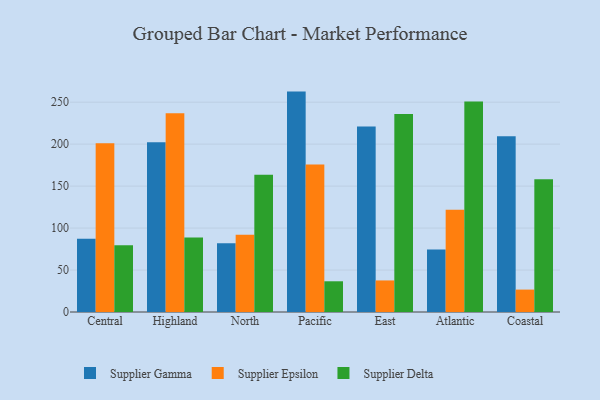
{"axis": {"x": "Region", "y": "Churn Rate (%)"}, "legend": ["Supplier Delta", "Supplier Epsilon", "Supplier Gamma"], "data": [{"x": "Central", "y": 87.2, "type": "Supplier Gamma"}, {"x": "Central", "y": 201.2, "type": "Supplier Epsilon"}, {"x": "Central", "y": 79.4, "type": "Supplier Delta"}, {"x": "Highland", "y": 202.3, "type": "Supplier Gamma"}, {"x": "Highland", "y": 236.8, "type": "Supplier Epsilon"}, {"x": "Highland", "y": 88.8, "type": "Supplier Delta"}, {"x": "North", "y": 81.9, "type": "Supplier Gamma"}, {"x": "North", "y": 92.1, "type": "Supplier Epsilon"}, {"x": "North", "y": 163.6, "type": "Supplier Delta"}, {"x": "Pacific", "y": 262.6, "type": "Supplier Gamma"}, {"x": "Pacific", "y": 175.6, "type": "Supplier Epsilon"}, {"x": "Pacific", "y": 36.6, "type": "Supplier Delta"}, {"x": "East", "y": 221.1, "type": "Supplier Gamma"}, {"x": "East", "y": 37.6, "type": "Supplier Epsilon"}, {"x": "East", "y": 235.8, "type": "Supplier Delta"}, {"x": "Atlantic", "y": 74.4, "type": "Supplier Gamma"}, {"x": "Atlantic", "y": 121.7, "type": "Supplier Epsilon"}, {"x": "Atlantic", "y": 250.7, "type": "Supplier Delta"}, {"x": "Coastal", "y": 209.5, "type": "Supplier Gamma"}, {"x": "Coastal", "y": 26.7, "type": "Supplier Epsilon"}, {"x": "Coastal", "y": 158.2, "type": "Supplier Delta"}]}